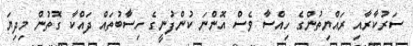
ސަރުކާރާއި ރައްޔިތުންގެ ހިއްސާ ވެސް އޮންނަ ކުންފުނީގެ ހިސާބުތައް ދައްކާ ގޮތުން މިދިޔަ